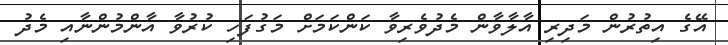
އޭގެ އިތުރުން މަދިރި އާލާވާން މެދުވެރިވާ ކަންކަމަށް މަގުފަހި ކުރުވާ އާންމުންނާއި މެދު